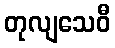
တုလျသေဝီ